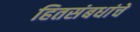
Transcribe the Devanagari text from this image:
हितसंबधांचे